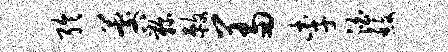
聆晷鞠敕羞李泊馥